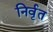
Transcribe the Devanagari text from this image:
निर्वृत